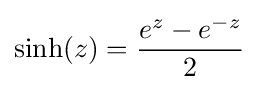
\sinh(z)={\frac {e^{z}-e^{-z}}{2}}